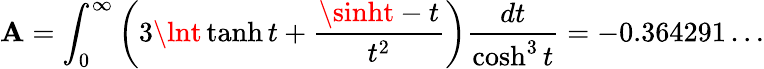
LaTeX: \mathbf{A}=\int_{0}^{\infty}\left(3\lnt\operatorname{tanh}t+\frac{{\sinht-t}}{{t^{2}}}\right)\frac{{dt}}{{\cosh^{3}t}}=-0.364291\ldots